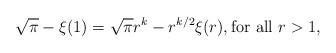
LaTeX: \begin{align*} \sqrt\pi - \xi(1) = \sqrt\pi r^k - r^{k/2}\xi(r),\text{for all }r>1,\end{align*}